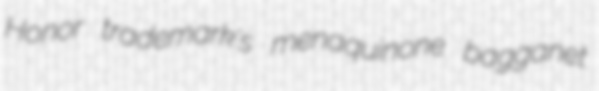
Honor trademark's menaquinone bagganet